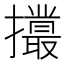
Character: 𢸻